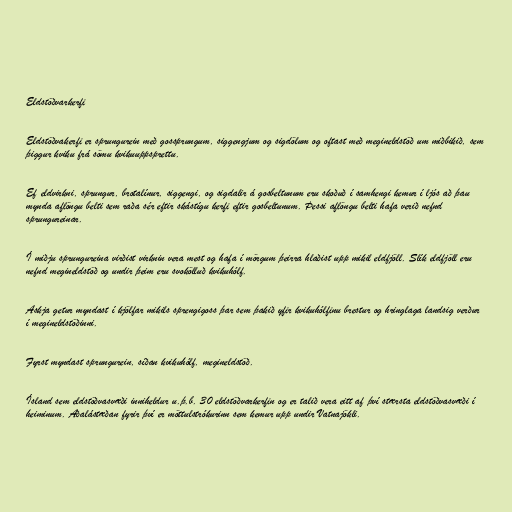
Eldstöðvarkerfi

Eldstöðvakerfi er sprungurein með gossprungum, siggengjum og sigdölum og oftast með megineldstöð um miðbikið, sem
þiggur kviku frá sömu kvikuuppsprettu.

Ef eldvirkni, sprungur, brotalínur, siggengi, og sigdalir á gosbeltunum eru skoðuð í samhengi kemur í ljós að þau
mynda aflöngu belti sem raða sér eftir skástígu kerfi eftir gosbeltunum. Þessi aflöngu belti hafa verið nefnd
sprungureinar.

Í miðju sprungureina virðist virknin vera mest og hafa í mörgum þeirra hlaðist upp mikil eldfjöll. Slík eldfjöll eru
nefnd megineldstöð og undir þeim eru svokölluð kvikuhólf.

Askja getur myndast í kjölfar mikils sprengigoss þar sem þakið yfir kvikuhólfinu brestur og hringlaga landsig verður
í megineldstöðinni.

Fyrst myndast sprungurein, síðan kvikuhólf, megineldstöð.

Ísland sem eldstöðvasvæði inniheldur u.þ.b. 30 eldstöðvarkerfin og er talið vera eitt af því stærsta eldstöðvasvæði í
heiminum. Aðalástæðan fyrir því er möttulstrókurinn sem kemur upp undir Vatnajökli.